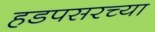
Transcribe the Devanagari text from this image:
हडपसरच्या